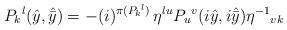
LaTeX: \begin{align*}P_k{}^l(\hat{y},\hat{\bar{y}}) =-(i)^{\pi (P_k{}^l )}\,\eta^{lu} P_u{}^v(i\hat{y},i\hat{\bar{y}})\eta^{-1}{}_{vk}\end{align*}